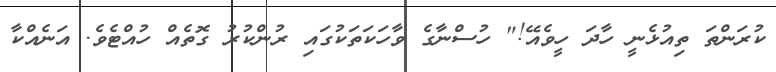
ކުރަންތަ ތިއުޅެނީ ހާދަ ހީވެއޭ!" ހުސްނާގެ ވާހަކަތަކުގައި ރުންކުރު ގޮތެއް ހުއްޓެވެ. އަނެއްކާ